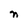
Character: n